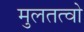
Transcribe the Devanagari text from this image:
मुलतत्वो